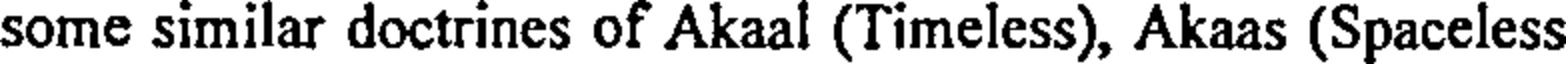
some similar doctrines of Akaal (Timeless), Akaas (Spaceless